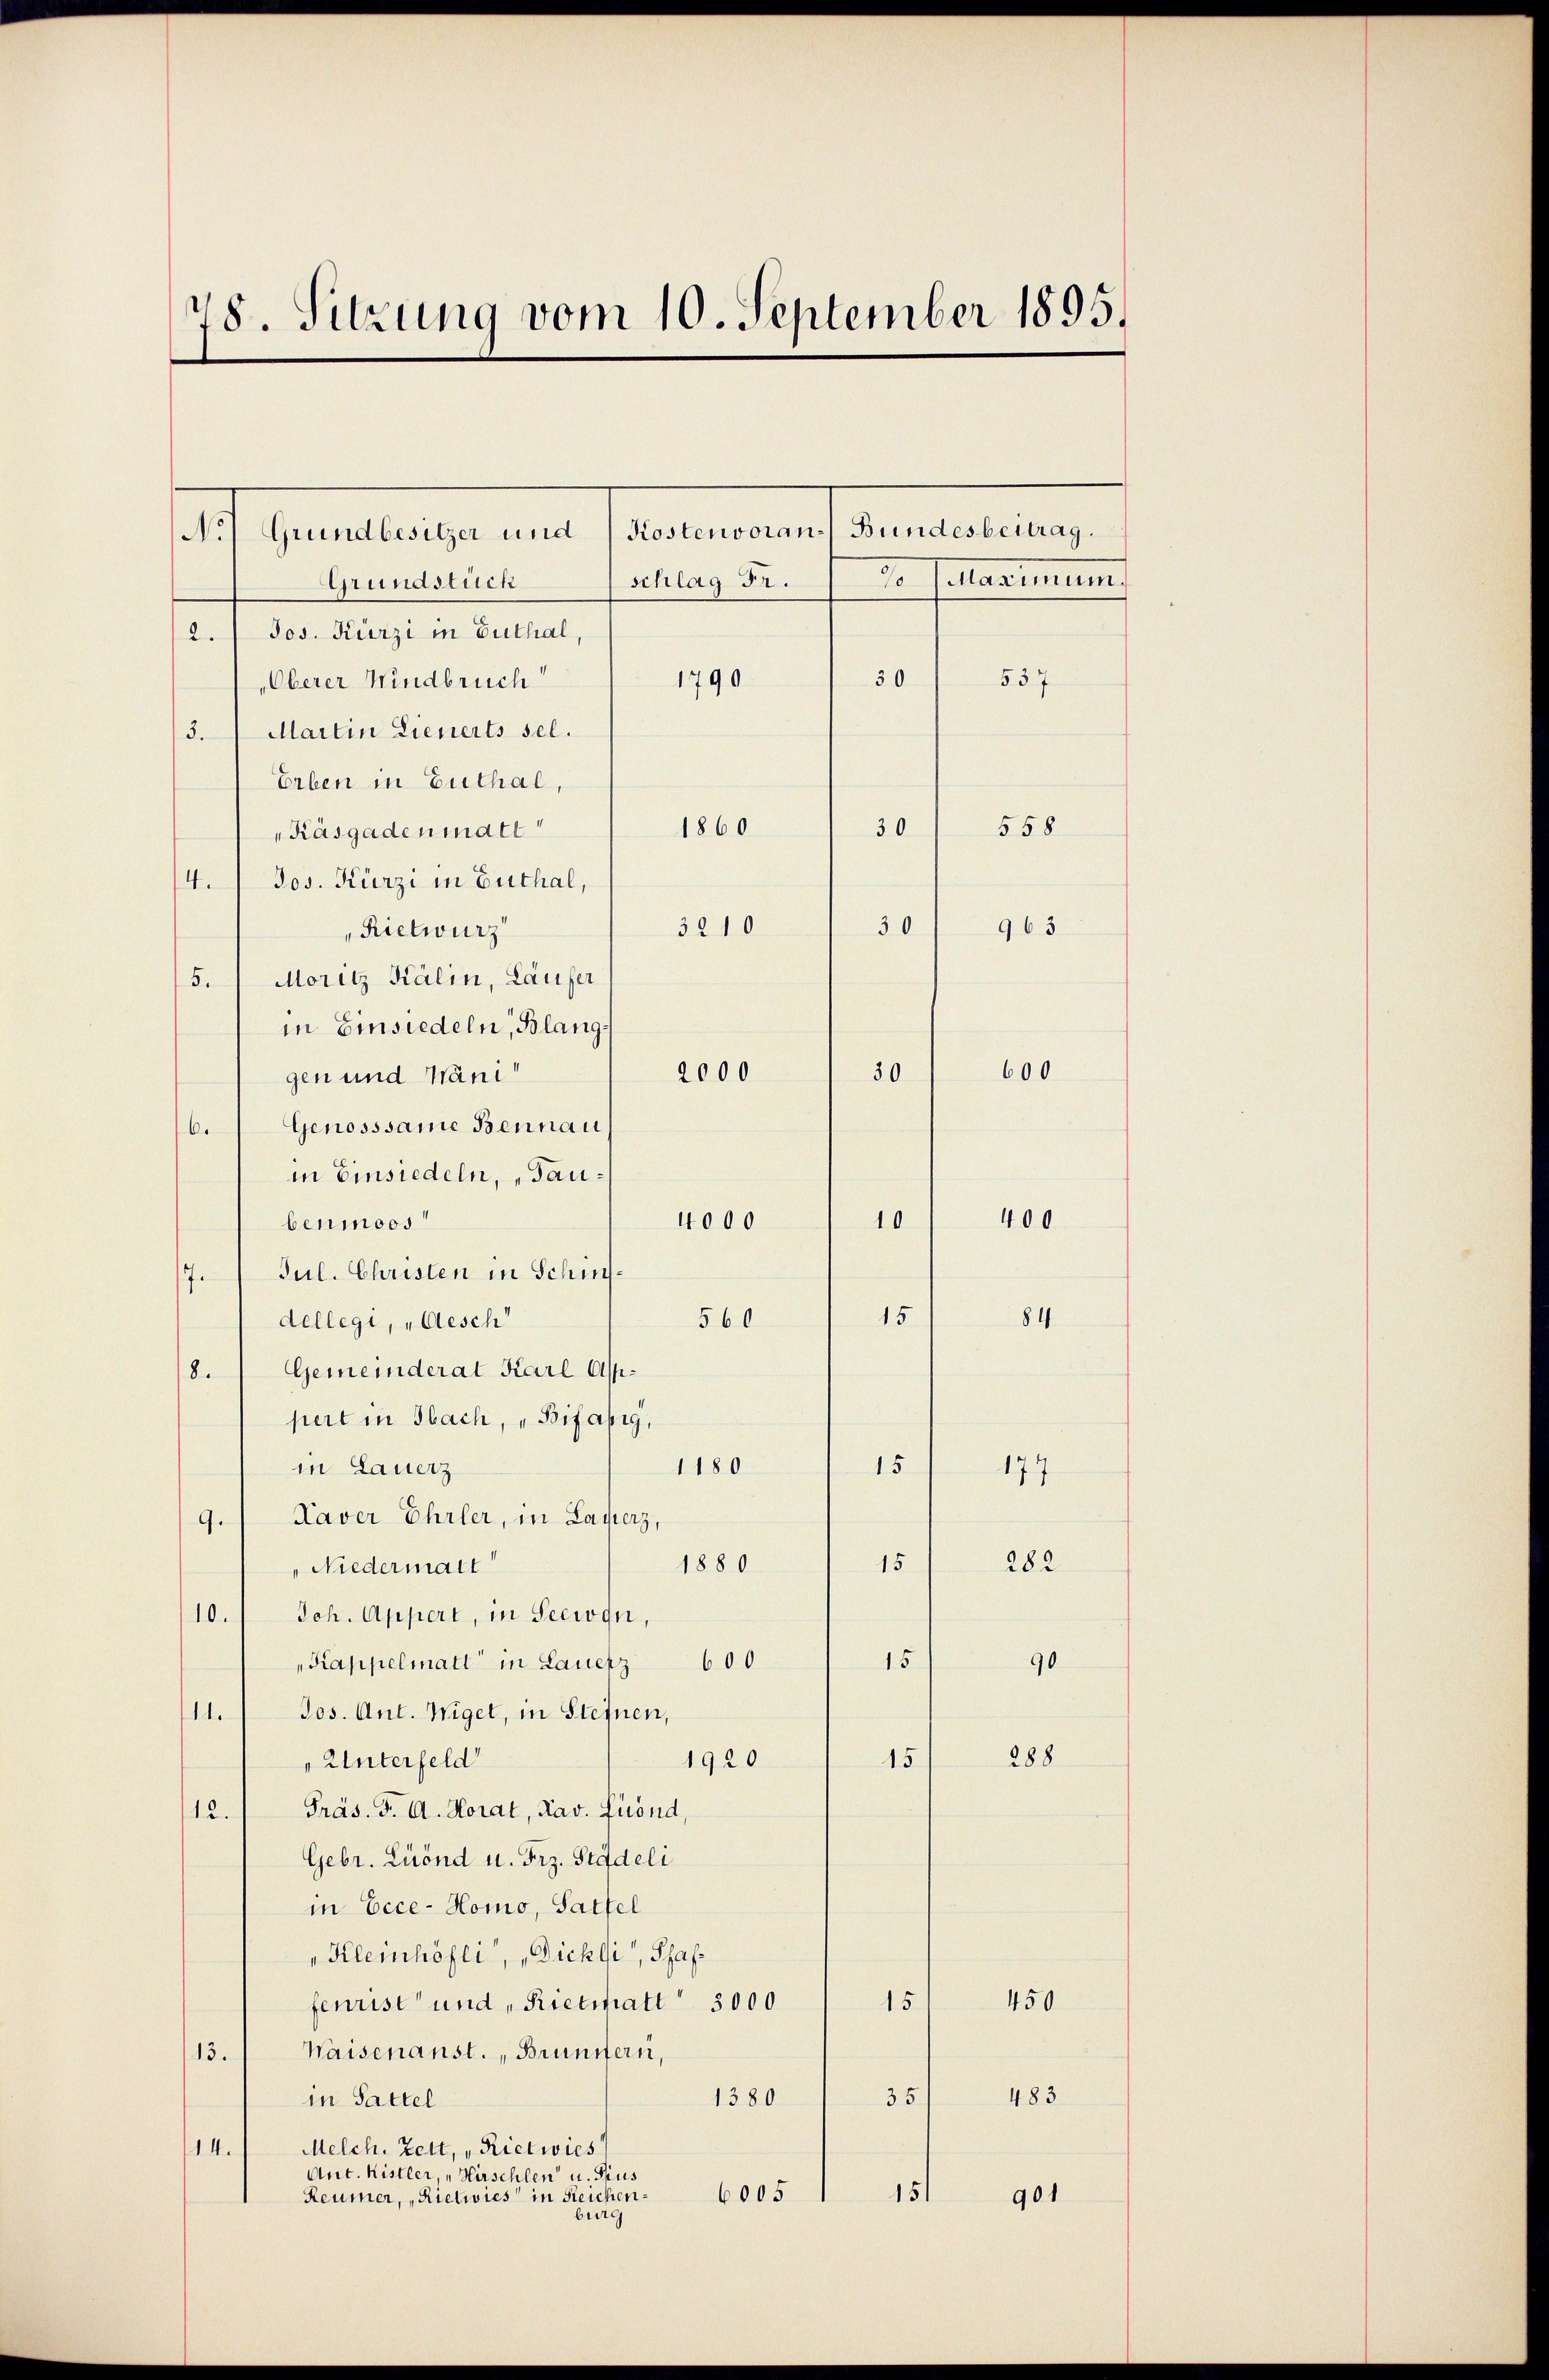
78. Sitzung vom 10. September 1895.

schlag Fr.
Grundstück
2.  Jos. Kürzi in Guthal,
30
Oberer Windbruch
1790
3. Martin Lienerts sel.
Erben in Guthal,
1860
30
Käsgadenmatt
4.  Jos. Kürzi in Guthal,
3210
30
Rietwurz
5.) Moritz Kälin, Laufer
in Einsiedeln, Blang¬
50
2000
gen und Wani“
6. Genosssame Bennau
in Einsiedeln, „Tau¬
4000
benmoos
Jul. Christen in Schinsdellegi, „Gesch
560
Gemeinderat Karl As¬
8.
siert in Sach, „Bifähig,
in Lauerz
1180
15
9.) Kaver Ehrler, in Lagers,
1880
15
" Niedermatt
10.) Joh. Appert, in Seewgn,
15
Kappelmatt in Lauetz 600
Jos. Ant. Wiget, in Steinen,
11.
" Unterfeld
15
1920
12. Präs. J. A. Horat, Rav. Frönd,
Gebr. Lüönd u. Frz. Stadeli
in Eece-Homo, Sattel
„Kleinhöfli“, „Dichli, Schaffeurist und „Rietstatt 3000
15
Waisenanst., Brünnern,
13.
35
1380
in Sattel
Melch. Zett, „Rietwies
14.
Ant. Kistler, „Hirschlen u. Sus
6005
151
Reumer, „Rietwies in Reichen
burg

.) Generalsache und Salatanen und dem erstrenge

d. Calanimum

10
15

537

558

963

600

84

400

177
282
90

288

483

450

901